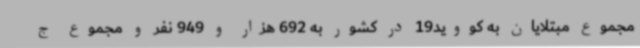
مجموع مبتلایان به کووید19 در کشور به 692 هزار و 949 نفر و مجموع ج